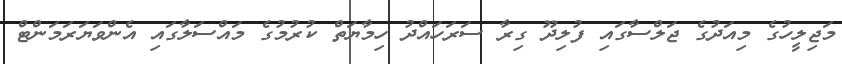
މަޖިލީހުގެ މިއަދުގެ ޖަލްސާގައި ފުލިދޫ ގިރާ ސަރަހައްދު ހިމާޔަތް ކުރުމުގެ މައްސަލާގައި އެންވަޔަރަމަންޓް